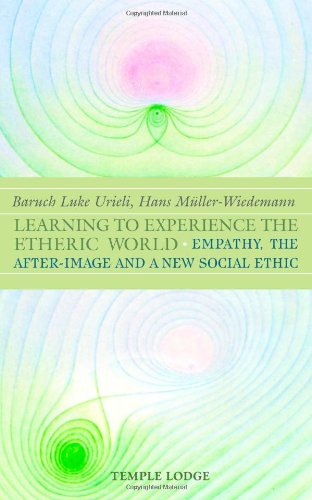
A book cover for Learning to Experience The Etheric World; Baruch Urieli; Self-Help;